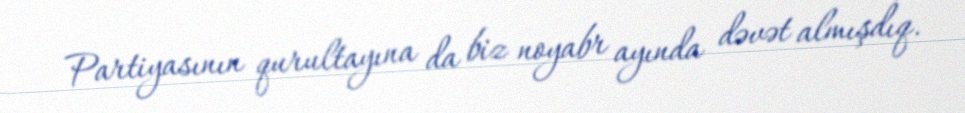
Partiyasının qurultayına da biz noyabr ayında dəvət almışdıq.